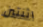
اثنتين